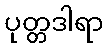
ပုတ္တဒါရာ